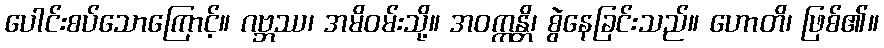
ပေါင်းစပ်သောကြောင့်။ ဂဗ္ဘဿ၊ အမိဝမ်းသို့။ အဝက္ကန္တိ၊ စွဲနေခြင်းသည်။ ဟောတိ၊ ဖြစ်၏။